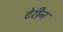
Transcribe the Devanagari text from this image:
टेरीन